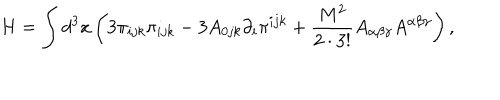
H = \int d ^ { 3 } x \left( 3 \pi _ { i j k } \pi _ { i j k } - 3 A _ { 0 j k } \partial _ { i } \pi ^ { i j k } + \frac { M ^ { 2 } } { 2 \cdot 3 ! } A _ { \alpha \beta \gamma } A ^ { \alpha \beta \gamma } \right) ,